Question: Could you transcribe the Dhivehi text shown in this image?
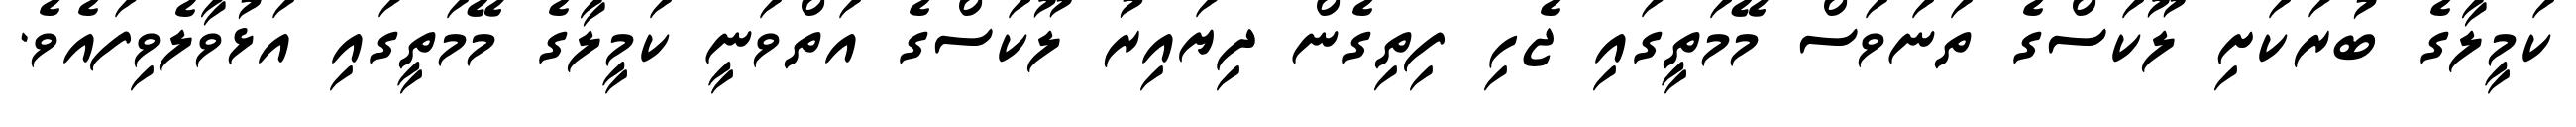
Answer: ކަމީލާގެ ބުރަކަށި ލޫކަސްގެ ތަނަވަސް މޭމަތީގައި ޖެހި ފިތިގެން ދިޔައިރު ލޫކަސްގެ އަތްވަނީ ކަމީލާގެ މޭމަތީގައި އަޅުވާލެވިފައެވެ.